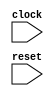
module ZeroPortMem(
    input clock,
    input reset
);
    wire [31:0] foo;
    assign foo = 32'hDEADBEEF;
endmodule //ZeroPortMem